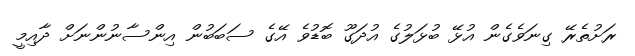
ރަށުތެރޭ ގިނަވެގެން އުޅޭ ބުޅަލުގެ އުދަގޫ ބޮޑުވެ އޭގެ ސަބަބުން އިންސާނުންނަށް ދާއިމީ